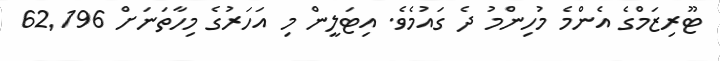
ޓޫރިޒަމްގެ އެންމެ މުހިންމު ދެ ގައުމެވެ. އިޓަލީން މި އަހަރުގެ މިހާތަނަށް 62